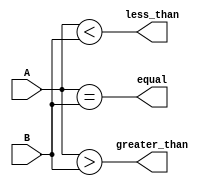
module comparator (
    input [7:0] A,
    input [7:0] B,
    output equal,
    output greater_than,
    output less_than
);

assign equal = (A == B);
assign greater_than = (A > B);
assign less_than = (A < B);

endmodule